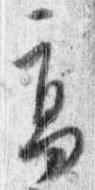
高